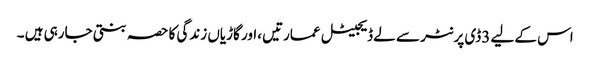
اس کے لیے 3ڈی پرنٹر سے لے ڈیجیٹل عمارتیں ،اور گاڑیاں زندگی کا حصہ بنتی جارہی ہیں ۔